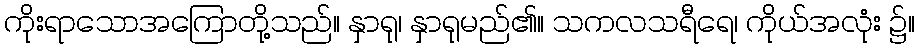
ကိုးရာသောအကြောတို့သည်။ နှာရု၊ နှာရုမည်၏။ သကလသရီရေ၊ ကိုယ်အလုံး ၌။